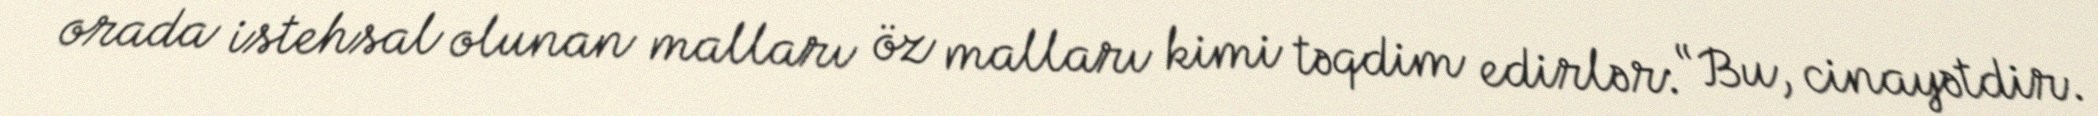
orada istehsal olunan malları öz malları kimi təqdim edirlər: “Bu, cinayətdir.